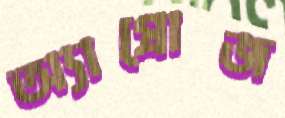
অ্যাপ্রোজ